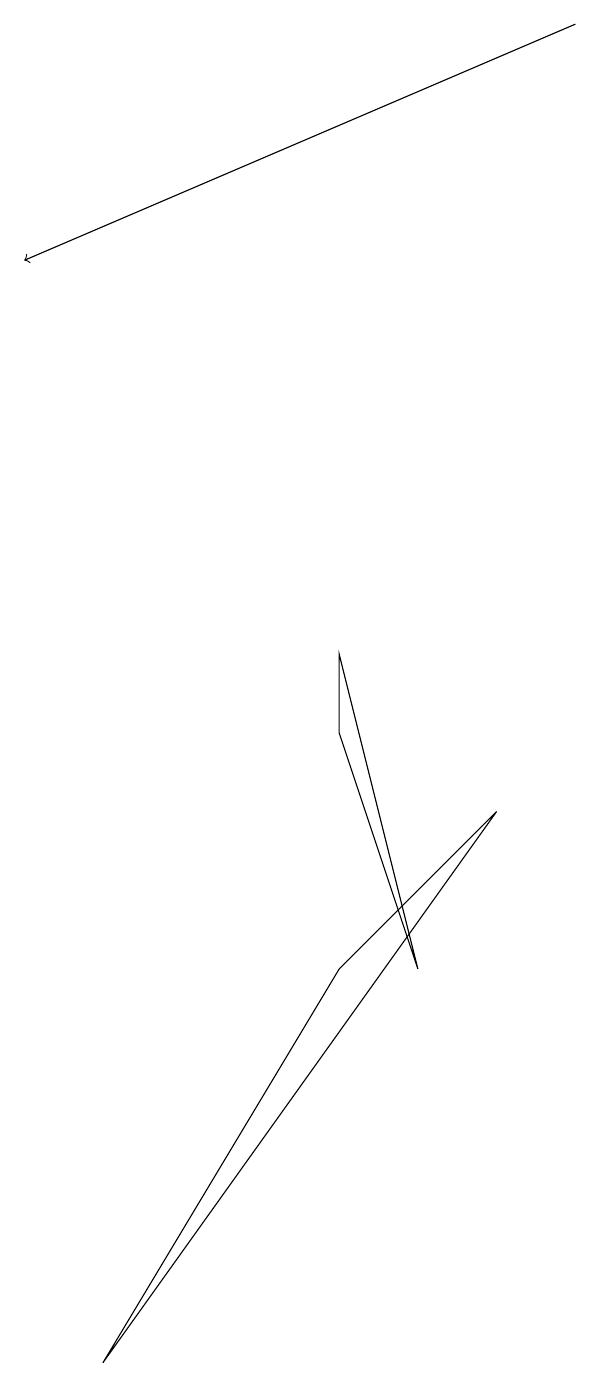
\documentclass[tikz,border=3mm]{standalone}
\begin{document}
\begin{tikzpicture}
\draw (3,0) -- (8,7) -- (6,5) -- cycle;
\draw (6,9) -- (7,5) -- (6,8) -- cycle;
\draw[->] (9,17) -- (2,14);
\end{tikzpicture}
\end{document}